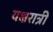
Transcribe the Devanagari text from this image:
यक्षरात्री